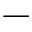
-